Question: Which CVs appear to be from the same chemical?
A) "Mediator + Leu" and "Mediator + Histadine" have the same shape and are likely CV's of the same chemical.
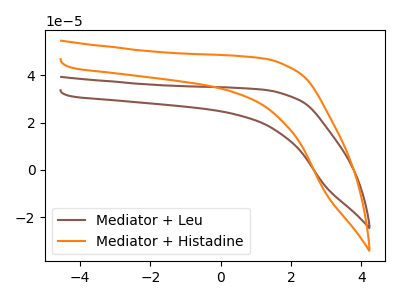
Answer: <think>The brown curve "Mediator + Leu" has no peaks. The orange curve "Mediator + Histadine" has no peaks.
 Neither "Mediator + Leu" or "Mediator + Histadine" have any peaks.</think>
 <answer>A) "Mediator + Leu" and "Mediator + Histadine" have the same shape and are likely CV's of the same chemical.</answer>
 <eval>A</eval>